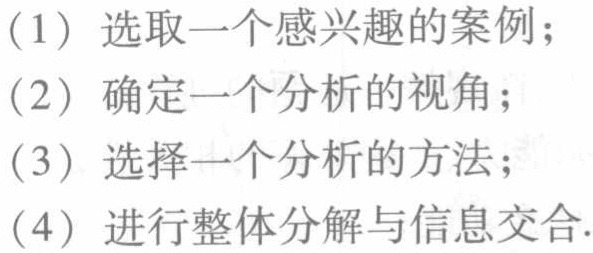
(1) 选取一个感兴趣的案例；

(2) 确定一个分析的视角；

(3) 选择一个分析的方法；

(4) 进行整体分解与信息交合.